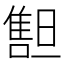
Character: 𠿲